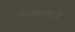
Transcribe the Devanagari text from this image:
तिकड़मबाजी